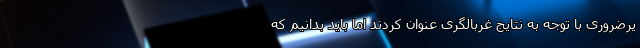
یرضروری با توجه به نتایج غربالگری عنوان کردند اما باید بدانیم که